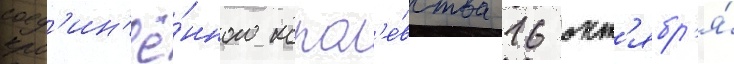
соед'ин'ё́нного корол'е́вства 16 окт'ябр'я́